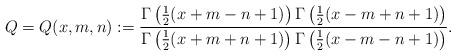
LaTeX: \begin{align*}Q=Q(x,m,n):=\frac{\Gamma\left(\frac 12(x+m-n+1)\right)\Gamma\left(\frac 12(x-m+n+1)\right)}{\Gamma\left(\frac 12(x+m+n+1)\right)\Gamma\left(\frac 12(x-m-n+1)\right)}.\end{align*}